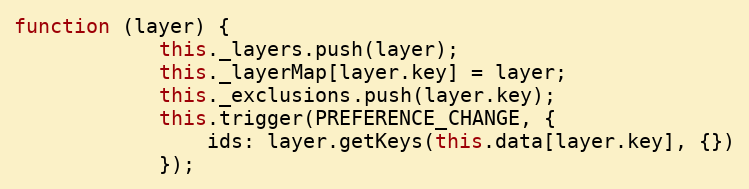
Language: JavaScript
function (layer) {
            this._layers.push(layer);
            this._layerMap[layer.key] = layer;
            this._exclusions.push(layer.key);
            this.trigger(PREFERENCE_CHANGE, {
                ids: layer.getKeys(this.data[layer.key], {})
            });